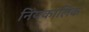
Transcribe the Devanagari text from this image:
नियकालिक